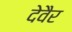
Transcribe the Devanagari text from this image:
देवैर